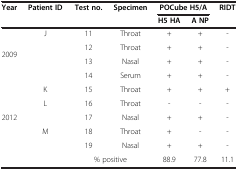
| Year | Patient ID | Test no. | Specimen | <COLSPAN=2> POCube H5/A | RIDT |
 |  |  |  |  | H5 HA | A NP |  |
 | --- | --- | --- | --- | --- | --- | --- |
 | <ROWSPAN=4> 2009 | <ROWSPAN=4> J | 11 | Throat | + | + | - |
 | 12 | Throat | + | + | - |
 | 13 | Nasal | + | + | - |
 | 14 | Serum | + | + | - |
 | <ROWSPAN=5> 2012 | K | 15 | Throat | + | + | + |
 | <ROWSPAN=2> L | 16 | Throat | - | - | - |
 | 17 | Nasal | + | + | - |
 | <ROWSPAN=2> M | 18 | Throat | + | - | - |
 | 19 | Nasal | + | + | - |
 |  |  | <COLSPAN=2> % positive | 88.9 | 77.8 | 11.1 |